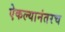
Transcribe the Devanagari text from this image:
ऐकल्यानंतरच